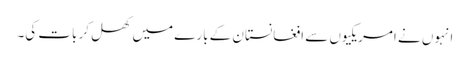
انہوں نے امریکیوں سے افغانستان کے بارے میں کھل کر بات کی۔